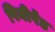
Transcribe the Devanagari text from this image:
पिनीपेड